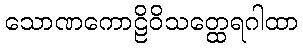
သောဏကောဠိဝိသတ္ထေရဂါထာ